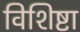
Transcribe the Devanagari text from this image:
विशिष्टा